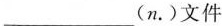
___(n.)文件